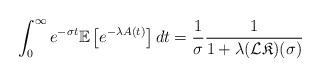
LaTeX: \begin{align*} \int_0^\infty e^{-\sigma t} \mathbb{E}\left[e^{-\lambda A(t)}\right]dt= \frac{1}{\sigma}\frac{1}{1+\lambda (\mathcal{L}\mathfrak{K})(\sigma)}\end{align*}